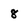
Character: 8